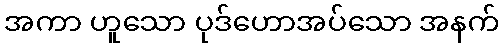
အကာ ဟူသော ပုဒ်ဟောအပ်သော အနက်